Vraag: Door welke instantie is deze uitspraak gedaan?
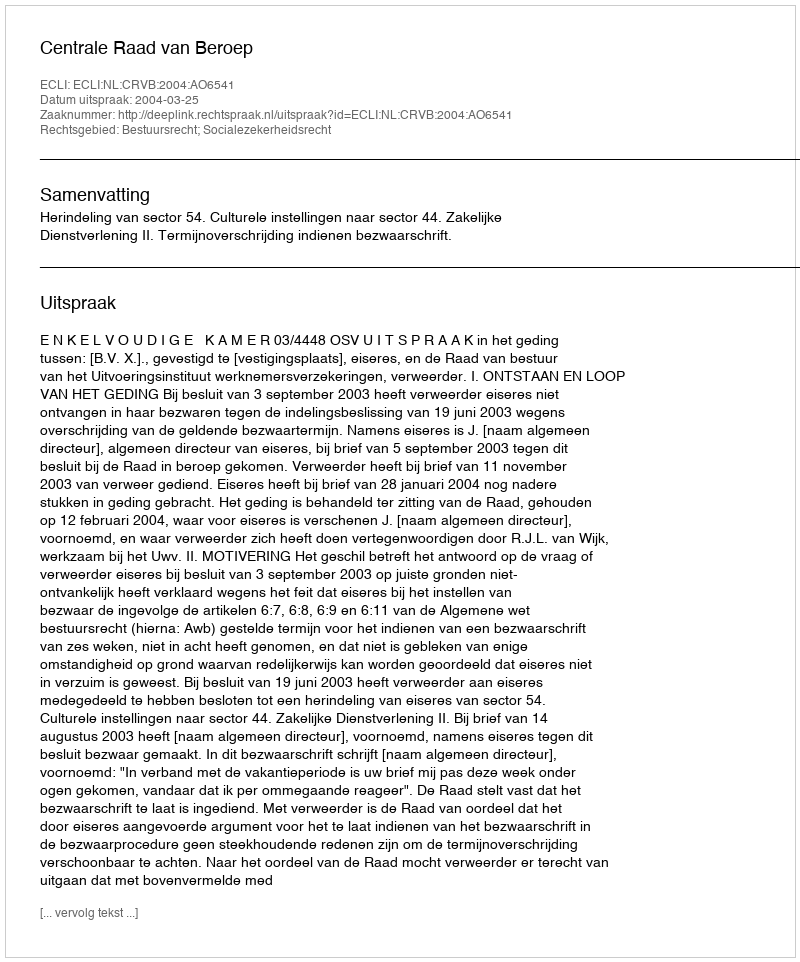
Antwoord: Centrale Raad van Beroep